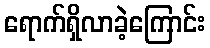
ရောက်ရှိလာခဲ့ကြောင်း